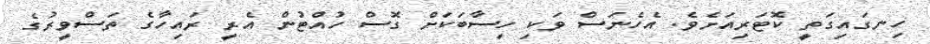
ހިނގައިގަތީ ކޮޓަރިއަށެވެ. އެހެނަސް ވަކި ހިސާބަކަށް ގޮސް ހުއްޓުން އެރީ ރައިހާގެ ތަސްވީރުގެ